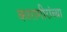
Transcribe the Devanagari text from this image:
कारागीरांच्या